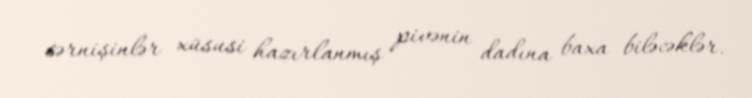
sərnişinlər xüsusi hazırlanmış pivənin dadına baxa biləcəklər.